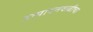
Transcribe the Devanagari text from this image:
उत्पादनवाढीचा